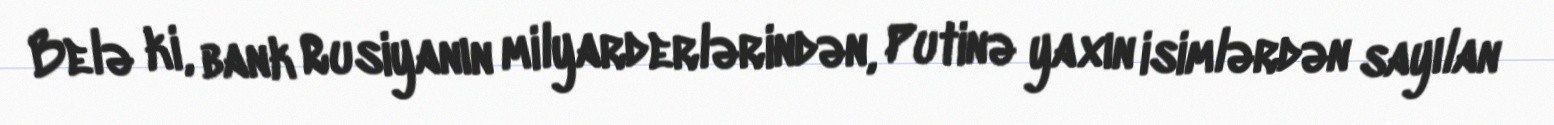
Belə ki, bank Rusiyanın milyarderlərindən, Putinə yaxın isimlərdən sayılan